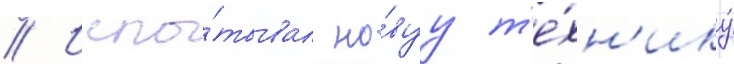
// Испы́тывал но́вуу т'е́хн'ику